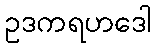
ဥဒကရဟဒေါ